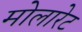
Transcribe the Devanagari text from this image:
मोलारेट